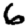
Digit: 6